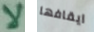
لا ايقافها